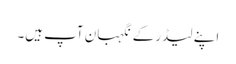
اپنے لیڈر کے نگہبان آپ ہیں۔